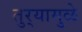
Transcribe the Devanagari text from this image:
तुर्‍यामुळे